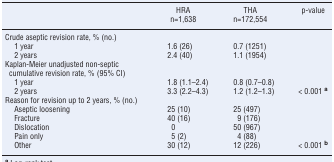
|  | HRA | THA | p-value |
 |  | n=1,638 | n=172,554 |  |
 | --- | --- | --- | --- |
 | <COLSPAN=4> Crude aseptic revision rate, % (no.) |
 | 1 year | 1.6 (26) | 0.7 (1251) |  |
 | 2 years | 2.4 (40) | 1.1 (1954) |  |
 | <COLSPAN=4> Kaplan-Meier unadjusted non-septic cumulative revision rate, % (95% CI) |
 | 1 year | 1.8 (1.1–2.4) | 0.8 (0.7–0.8) |  |
 | 2 years | 3.3 (2.2–4.3) | 1.2 (1.2–1.3) | < 0.001 a |
 | <COLSPAN=4> Reason for revision up to 2 years, % (no.) |
 | Aseptic loosening | 25 (10) | 25 (497) |  |
 | Fracture | 40 (16) | 9 (176) |  |
 | Dislocation | 0 | 50 (967) |  |
 | Pain only | 5 (2) | 4 (88) |  |
 | Other | 30 (12) | 12 (226) | < 0.001 b |